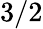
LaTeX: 3/2